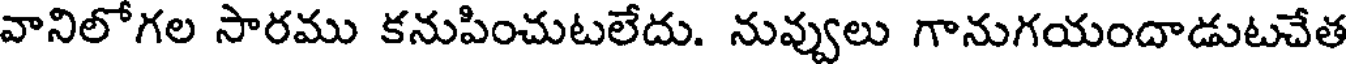
వానిలోగల సారము కనుపించుటలేదు. నువ్వులు గానుగయందాడుటచేత